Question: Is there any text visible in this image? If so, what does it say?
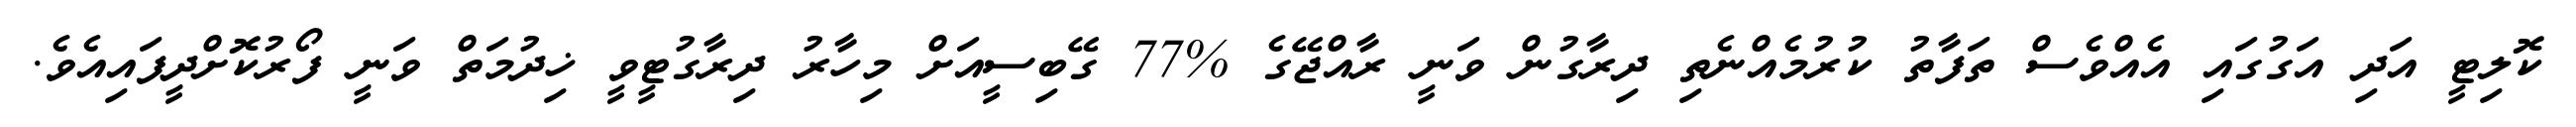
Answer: ކޮލިޓީ އަދި އަގުގައި އެއްވެސް ތަފާތު ކުރުމެއްނެތި ދިރާގުން ވަނީ ރާއްޖޭގެ %77 ގޭބިސީއަށް މިހާރު ދިރާގުޓީވީ ޚިދުމަތް ވަނީ ފޯރުކޮށްދީފައިއެވެ.